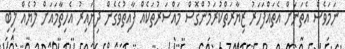
ނަމަވެސް އެތަނަށް އެތައްފަހަރު ޒިޔާރަތްކުރަމުންގޮސް މައްސަރުތަކެއް ފާއިތުވެގެން ދިޔައިރު އެހިތާމައަށް ލުޔެއް ލިބި